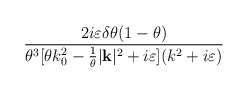
\begin{align*}\frac{2i\varepsilon \delta \theta (1-\theta )}{\theta ^{3}[\theta k_{0}^{2}-\frac{1}{\theta }|\mathbf{k}|^{2}+i\varepsilon ](k^{2}+i\varepsilon )}\end{align*}